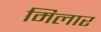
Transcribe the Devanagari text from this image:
मिलार